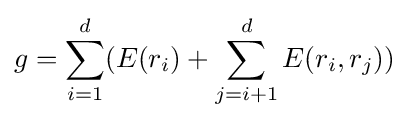
g=\sum _{i=1}^{d}(E(r_{i})+\sum _{j=i+1}^{d}E(r_{i},r_{j}))